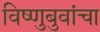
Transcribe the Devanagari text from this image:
विष्णुबुवांचा